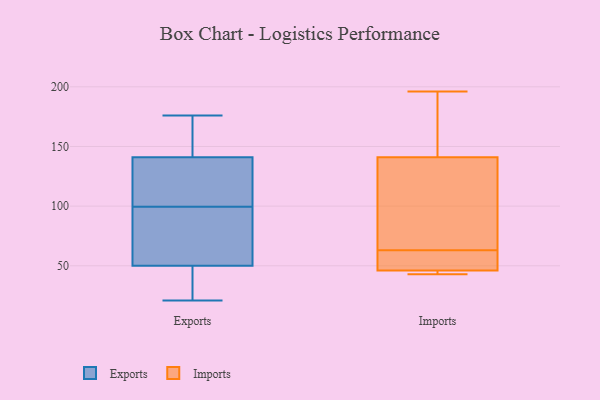
{"axis": {"x": "Inventory Turnover", "y": "Value"}, "legend": ["Exports", "Imports"], "data": [{"x": "", "y": 134, "type": "Exports"}, {"x": "", "y": 148, "type": "Exports"}, {"x": "", "y": 176, "type": "Exports"}, {"x": "", "y": 24, "type": "Exports"}, {"x": "", "y": 93, "type": "Exports"}, {"x": "", "y": 21, "type": "Exports"}, {"x": "", "y": 64, "type": "Exports"}, {"x": "", "y": 105, "type": "Exports"}, {"x": "", "y": 36, "type": "Exports"}, {"x": "", "y": 108, "type": "Exports"}, {"x": "", "y": 94, "type": "Exports"}, {"x": "", "y": 176, "type": "Exports"}, {"x": "", "y": 43, "type": "Imports"}, {"x": "", "y": 47, "type": "Imports"}, {"x": "", "y": 62, "type": "Imports"}, {"x": "", "y": 82, "type": "Imports"}, {"x": "", "y": 44, "type": "Imports"}, {"x": "", "y": 196, "type": "Imports"}, {"x": "", "y": 184, "type": "Imports"}, {"x": "", "y": 64, "type": "Imports"}, {"x": "", "y": 141, "type": "Imports"}, {"x": "", "y": 46, "type": "Imports"}]}